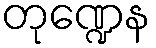
တုဏ္ဍေန